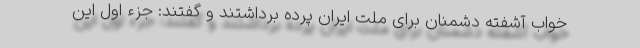
خواب آشفته دشمنان برای ملت ایران پرده برداشتند و گفتند: جزء اول این